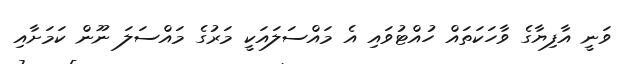
ވަނީ އާފިޔާގެ ވާހަކަތައް ހުއްޓުވައި އެ މައްސަލައަކީ މަރުގެ މައްސަލަ ނޫން ކަމަށާއި